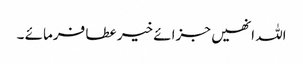
اللہ انھیں جزائے خیر عطا فرمائے ۔